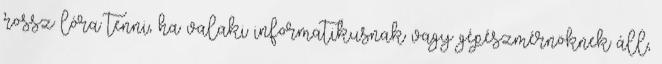
rossz lóra tenni, ha valaki informatikusnak vagy gépészmérnöknek áll,